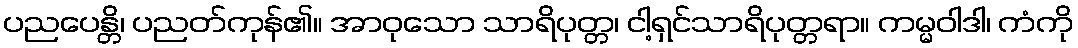
ပညပေန္တိ၊ ပညတ်ကုန်၏။ အာဝုသော သာရိပုတ္တ၊ ငါ့ရှင်သာရိပုတ္တရာ။ ကမ္မဝါဒါ၊ ကံကို